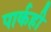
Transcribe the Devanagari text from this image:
पार्कही